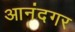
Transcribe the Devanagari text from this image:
आनंदगर